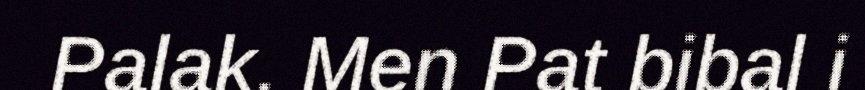
Palak. Men Pat bibal i